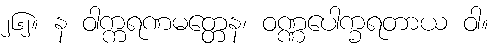
၂၆၂။ န ဝါက္ကရဏမတ္တေန၊ ဝဏ္ဏပေါက္ခရတာယ ဝါ။